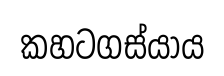
කහටගස්යාය